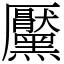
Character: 黶